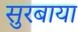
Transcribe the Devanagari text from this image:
सुरबाया